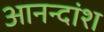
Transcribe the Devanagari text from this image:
आनन्दांश